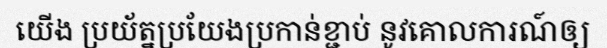
យើង ប្រយ័ត្នប្រយែងប្រកាន់ខ្ជាប់ នូវគោលការណ៍ឲ្យ